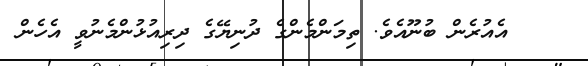
އެއުރެން ބުނޫއެވެ. ތިމަންމެންގެ ދުނިޔޭގެ ދިރިއުޅުންމެނުވީ އެހެން